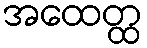
အထေတ္ထ